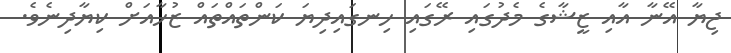
ޖިޔާ އޭނާ އާއި ޒީޝާގެ މެދުގައި ރޭގައި ހިނގައިދިޔަ ކަންތައްތައް ޒުހާއަށް ކިޔާދިނެވެ.